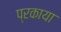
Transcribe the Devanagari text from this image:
प्रकाया